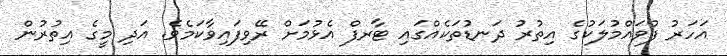
އަހަރު ފުވައްމުލަކުގެ އިތުރު ދަނޑުތަކެއްގައި ޓާރފް އެޅުމަށް ރޭވިފައިވާކަމެވެ. އަދި މީގެ އިތުރުން